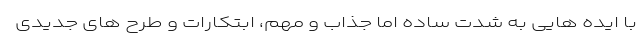
با ایده هایی به شدت ساده اما جذاب و مهم، ابتکارات و طرح های جدیدی